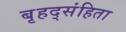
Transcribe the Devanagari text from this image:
बृहद्संहिता